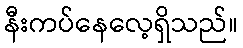
နီးကပ်နေလေ့ရှိသည်။